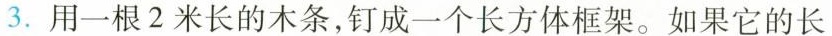
3.用一根2米长的木条，钉成一个长方体框架。如果它的长